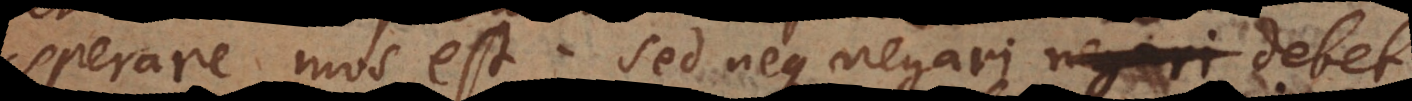
sperare mos est. Sed neque negari debet